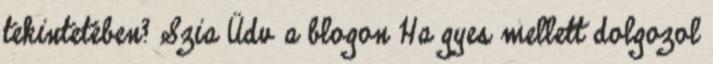
tekintetében? Szia Üdv a blogon Ha gyes mellett dolgozol